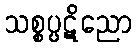
သစ္စပ္ပဋိညော